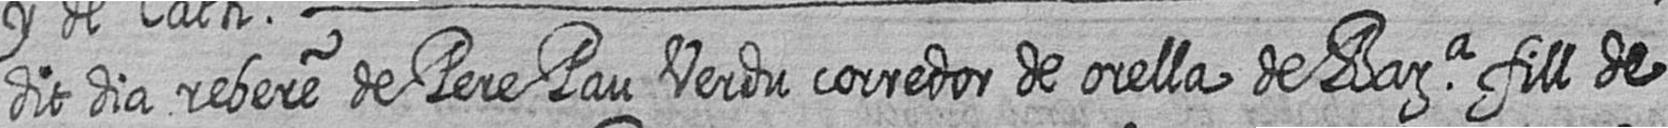
dit dia rebere de Pere Pau Verdu corredor de orella de Bara fill de